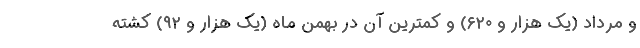
و مرداد (یک هزار و ۶۲۰) و کمترین آن در بهمن ماه (یک هزار و ۹۲) کشته